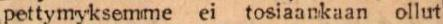
pettymyksemme ei tosiaankaan ollut